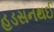
હડસનથઈ